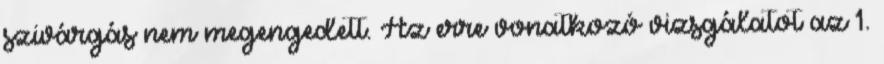
szivárgás nem megengedett. Az erre vonatkozó vizsgálatot az 1.